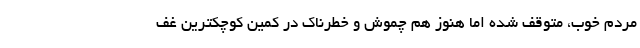
مردم خوب، متوقف شده اما هنوز هم چموش و خطرناک در کمین کوچکترین غف